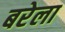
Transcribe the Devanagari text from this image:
बरेला